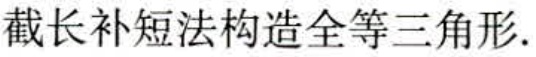
截长补短法构造全等三角形.